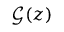
\mathcal { G } ( z )